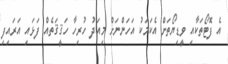
އެ ފޮޓޯތަކާއި ވީޑިޔޯތަށް އެކަމަކު އަހަންނަށް މިއަދު ހުރިހާ ހަޤީޤަތެއް ފަޅައި އަރައިފި